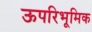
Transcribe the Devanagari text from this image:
ऊपरिभूमिक